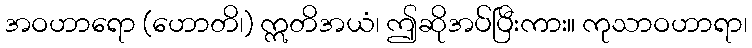
အဝဟာရော (ဟောတိ၊) ဣတိအယံ၊ ဤဆိုအပ်ပြီးကား။ ကုသာဝဟာရာ၊